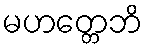
မဟတ္တေဘိ